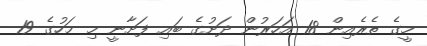
މީގެ ތެރެއިން 18 އަހަރުން ދަށުގެ ބައި ފަށާނީ މި މަހުގެ 19